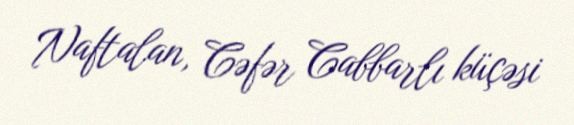
Naftalan, Cəfər Cabbarlı küçəsi